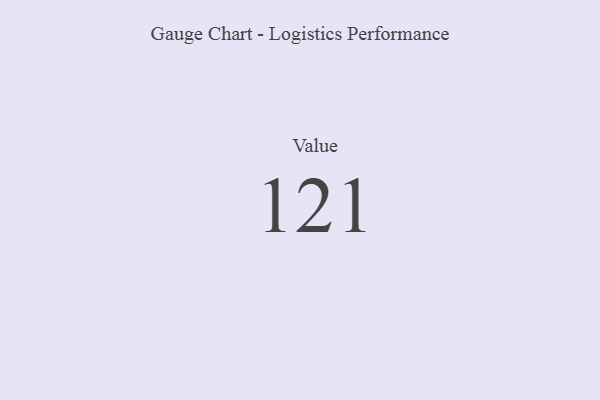
{"axis": {"x": "Metric", "y": "Value"}, "legend": [""], "data": [{"x": "Value", "y": 121, "type": ""}]}